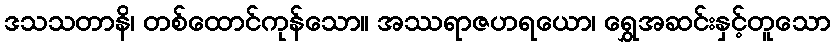
ဒသသတာနိ၊ တစ်ထောင်ကုန်သော။ အဿရာဇဟရယော၊ ရွှေအဆင်းနှင့်တူသော